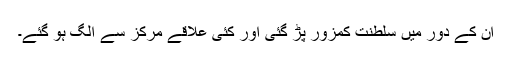
ان کے دور میں سلطنت کمزور پڑ گئی اور کئی علاقے مرکز سے الگ ہو گئے۔